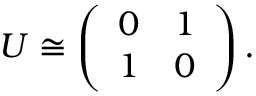
U \cong \left( \begin{array} { c c } { { 0 } } & { { 1 } } \\ { { 1 } } & { { 0 } } \end{array} \right) .